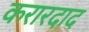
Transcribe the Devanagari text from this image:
करारदाद